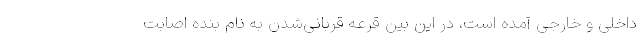
داخلی و خارجی آمده است، در این بین قرعه قربانی‌شدن به نام بنده اصابت